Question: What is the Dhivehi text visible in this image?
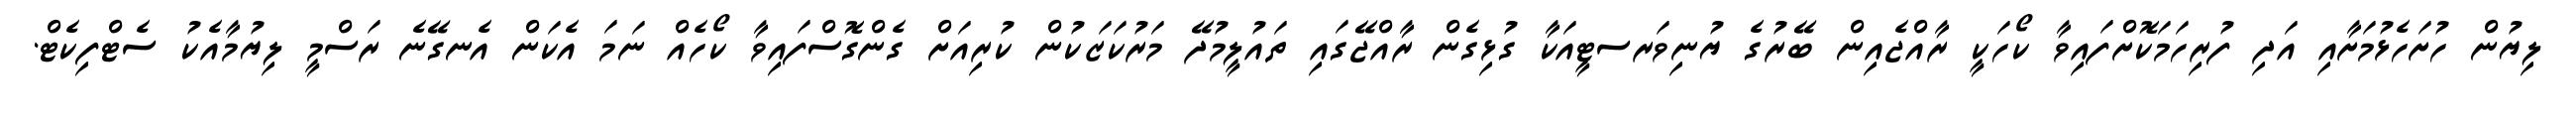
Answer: ލިޔުން ހުށަހެޅުމަށާއި އަދި ފުރިހަމަކޮށްފައިވާ ކޯހަކީ ރާއްޖެއިން ބޭރުގެ ޔުނިވަރސޓީއަކާ ގުޅިގެން ރާއްޖޭގައި ތައުލީމުދޭ މަރުކަޒަކުން ކުރިއަށް ގެންގޮސްފައިވާ ކޯހެއް ނަމަ އެކަން އެނގޭނެ ރަސްމީ ލިޔުމާއެކު ސެޓްފިކެޓް.